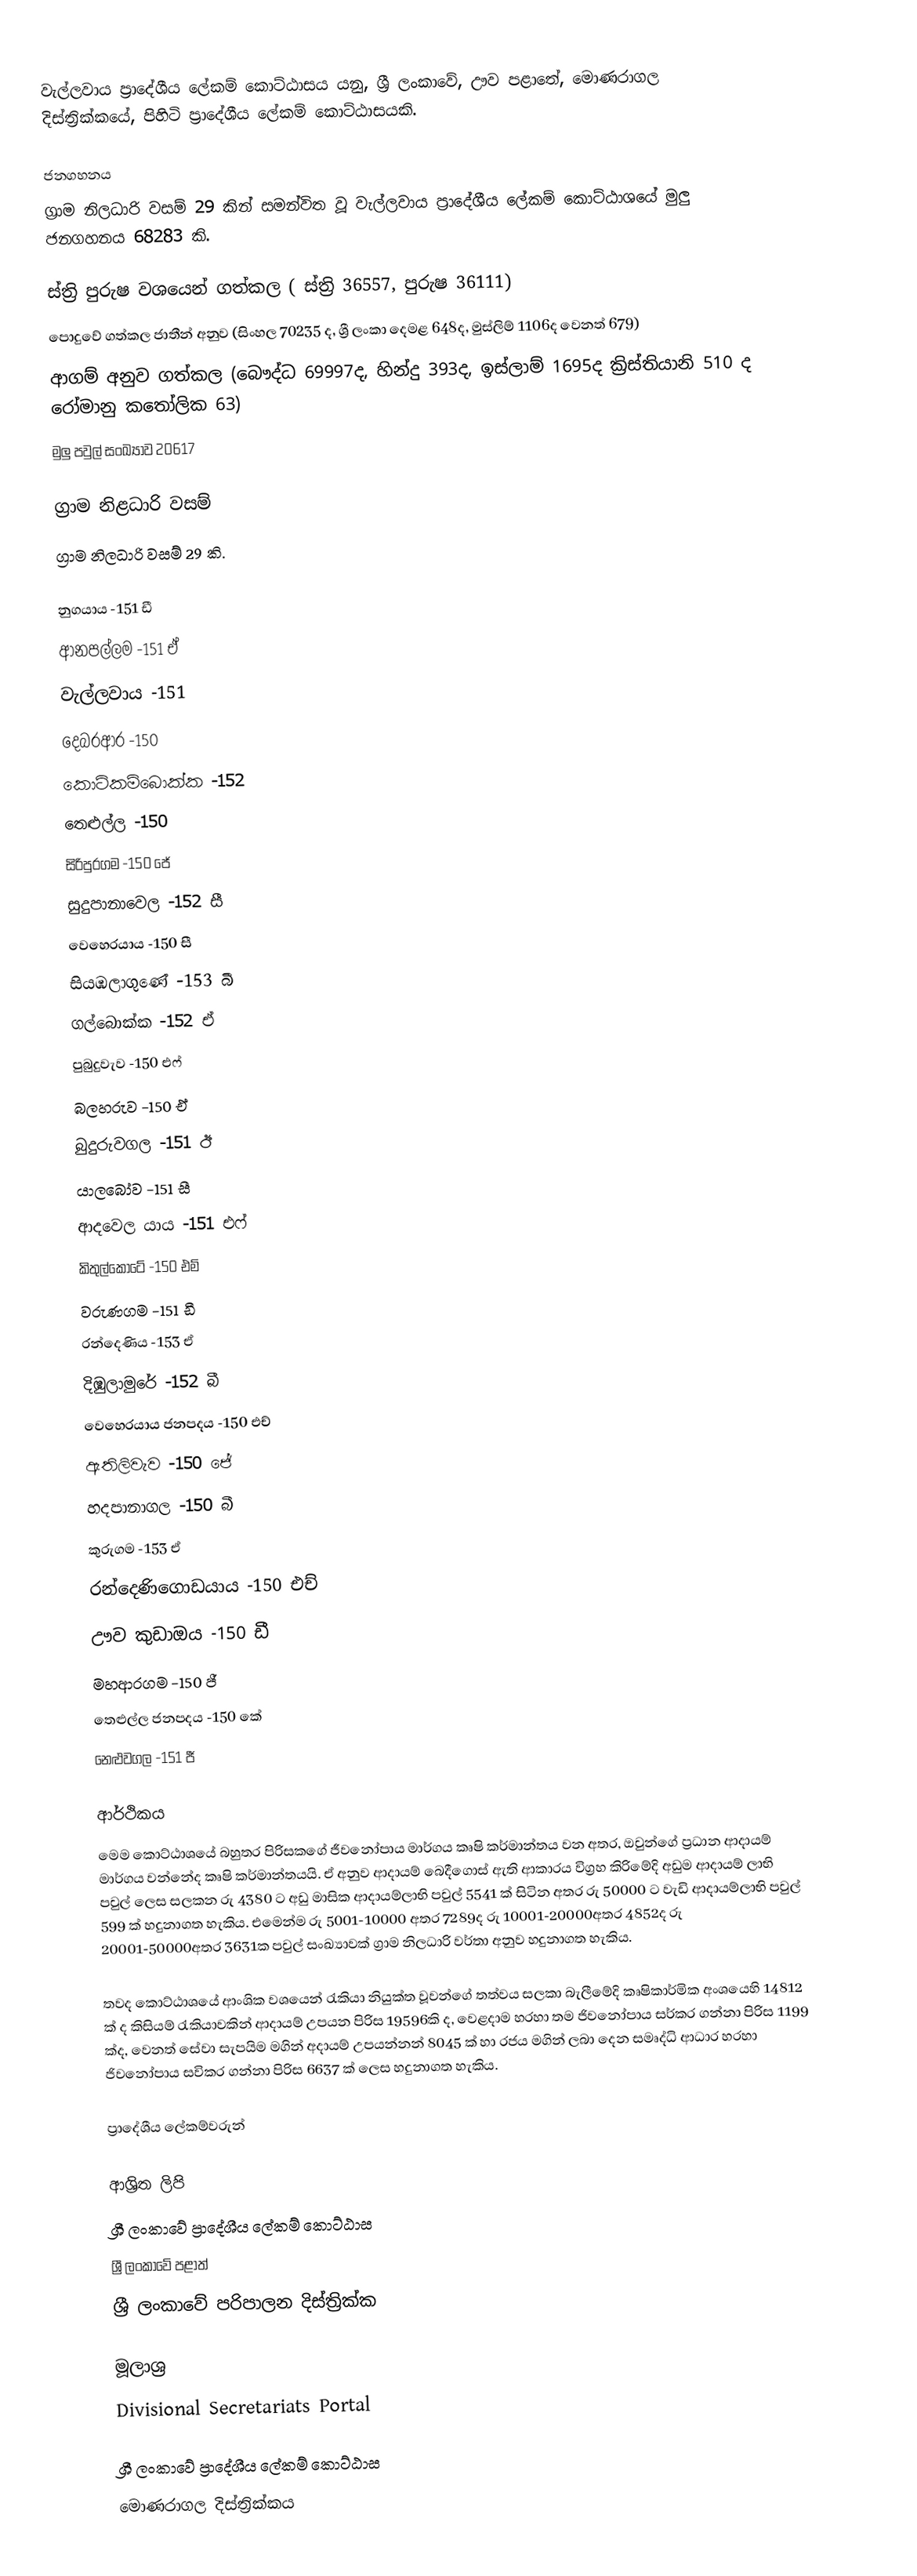
වැල්ලවාය ප්‍රාදේශීය ලේකම් කොට්ඨාසය යනු,  ශ්‍රී ලංකාවේ, ඌව පළාතේ,   මොණරාගල දිස්ත්‍රික්කයේ, පිහිටි ප්‍රාදේශීය ලේකම් කොට්ඨාසයකි.

ජනගහනය
ග්‍රාම නිලධාරි වසම් 29 කින් සමන්විත වූ වැල්ලවාය ප්‍රාදේශීය ලේකම් කොට්ඨාශයේ මුලු ජනගහනය 68283 කි.

 ස්ත්‍රි පුරුෂ වශයෙන් ගත්කල ( ස්ත්‍රි 36557, පුරුෂ 36111)
 පොදුවේ ගත්කල ජාතීන් අනුව (සිංහල 70235 ද, ශ්‍රී ලංකා දෙමළ 648ද, මුස්ලිම් 1106ද  වෙනත් 679)
 ආගම් අනුව ගත්කල (බෞද්ධ 69997ද, හින්දු 393ද, ඉස්ලාම් 1695ද ක්‍රිස්තියානි 510 ද රෝමානු කතෝලික 63)
 මුලු පවුල් සංඛ්‍යාව 20617

ග්‍රාම නිළධාරි වසම්
ග්‍රාම නිලධාරි වසම් 29 කි.

 නුගයාය -151 ඩී
 ආනපල්ලම -151 ඒ
 වැල්ලවාය -151
 දෙබරආර -150
 කොටිකම්බොක්ක -152
 තෙළුල්ල -150
 සිරිපුරගම -150 ජේ
 සුදුපානාවෙල -152 සී
 වෙහෙරයාය -150 සී
 සියඹලාගුණේ -153 බී
 ගල්බොක්ක -152 ඒ
 පුබුදුවැව -150 එෆ්
 බලහරුව -150 ඒ
 බුදුරුවගල -151 ඊ
 යාලබෝව -151 සී
 ආද‍වෙල යාය -151 එෆ්
 කිතුල්කොටේ -150 එම්
 වරුණගම -151 ඩී
 රන්දෙණිය -153 ඒ
 දිඹුලාමුරේ -152 බී
 වෙහෙරයාය ජනපදය -150 එච්
 ඇතිලිවැව -150 ජේ
 හදපානාගල -150 බී
 කුරුගම -153 ඒ
 රන්දෙණිගොඩයාය -150 එච්
 ඌව කුඩාඔය -150 ඩී
 මහආරගම -150 ජී
 තෙළුල්ල ජනපදය -150 කේ
 නෙළුවගල -151 ජී

ආර්ථිකය
මෙම කොට්ඨාශයේ බහුතර පිරිසකගේ ජීවනෝපාය මාර්ගය කෘෂි කර්මාන්තය වන අතර, ඔවුන්ගේ ප්‍රධාන ආදායම් මාර්ගය වන්නේද කෘෂි කර්මාන්තයයි. ඒ අනුව ආදායම් බෙදීගොස් ඇති ආකාරය විග්‍රහ කිරිමේදි අඩුම ආදායම් ලාභි පවුල් ලෙස සලකන රු 4380 ට අඩු මාසික ආදායම්ලාභි පවුල් 5541 ක් සිටින අතර රු 50000 ට වැඩි ආදායම්ලාභි පවුල් 599 ක් හදුනාගත හැකිය. එමෙන්ම රු 5001-10000 අතර 7289ද රු 10001-20000අතර 4852ද රු 20001-50000අතර 3631ක පවුල් සංඛ්‍යාවක් ග්‍රාම නිලධාරි වර්තා අනුව හදුනාගත හැකිය.

තවද  කොට්ඨාශයේ ආංශික වශයෙන් රැකියා නියුක්ත වූවන්ගේ තත්වය සලකා බැලීමේදි කෘෂිකාර්මික අංශයෙහි 14812 ක් ද කිසියම් රැකියාවකින් ආදායම් උපයන පිරිස 19596කි ද, වෙළදාම හරහා තම ජිවනෝපාය සර්කර ගන්නා පිරිස 1199 ක්ද, වෙනත් සේවා සැපයිම මගින් අදායම් උපයන්නන් 8045 ක් හා රජය මගින් ලබා දෙන සමෘද්ධි ආධාර හරහා ජිවනෝපාය සවිකර ගන්නා පිරිස 6637 ක් ලෙස හදුනාගත හැකිය.

ප්‍රාදේශීය ලේකම්වරුන්

ආශ්‍රිත ලිපි
ශ්‍රී ලංකාවේ ප්‍රාදේශීය ලේකම් කොට්ඨාස
ශ්‍රී ලංකාවේ පළාත්
ශ්‍රී ලංකාවේ පරිපාලන දිස්ත්‍රික්ක

මූලාශ්‍ර
 Divisional Secretariats Portal

ශ්‍රී ලංකාවේ ප්‍රාදේශීය ලේකම් කොට්ඨාස
මොණරාගල දිස්ත්‍රික්කය